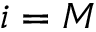
i = M